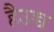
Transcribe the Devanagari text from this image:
हैउच्च